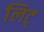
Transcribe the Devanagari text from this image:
लिट्‌